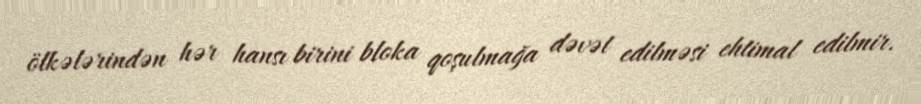
ölkələrindən hər hansı birini bloka qoşulmağa dəvət edilməsi ehtimal edilmir.